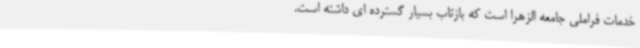
خدمات فراملی جامعه الزهرا است که بازتاب بسیار گسترده ای داشته است.